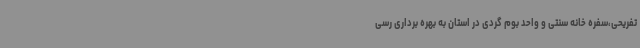
تفریحی،سفره خانه سنتی و واحد بوم گردی در استان به بهره برداری رسی